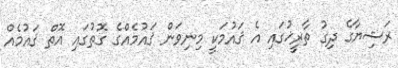
ރަޝިޔާގެ ދިގު ތާރީޚުގައި އެ ޤައުމަކީ މިނިވަން ޤައުމެއްގެ ގޮތުގައި އޮތް ޤައުމެއް